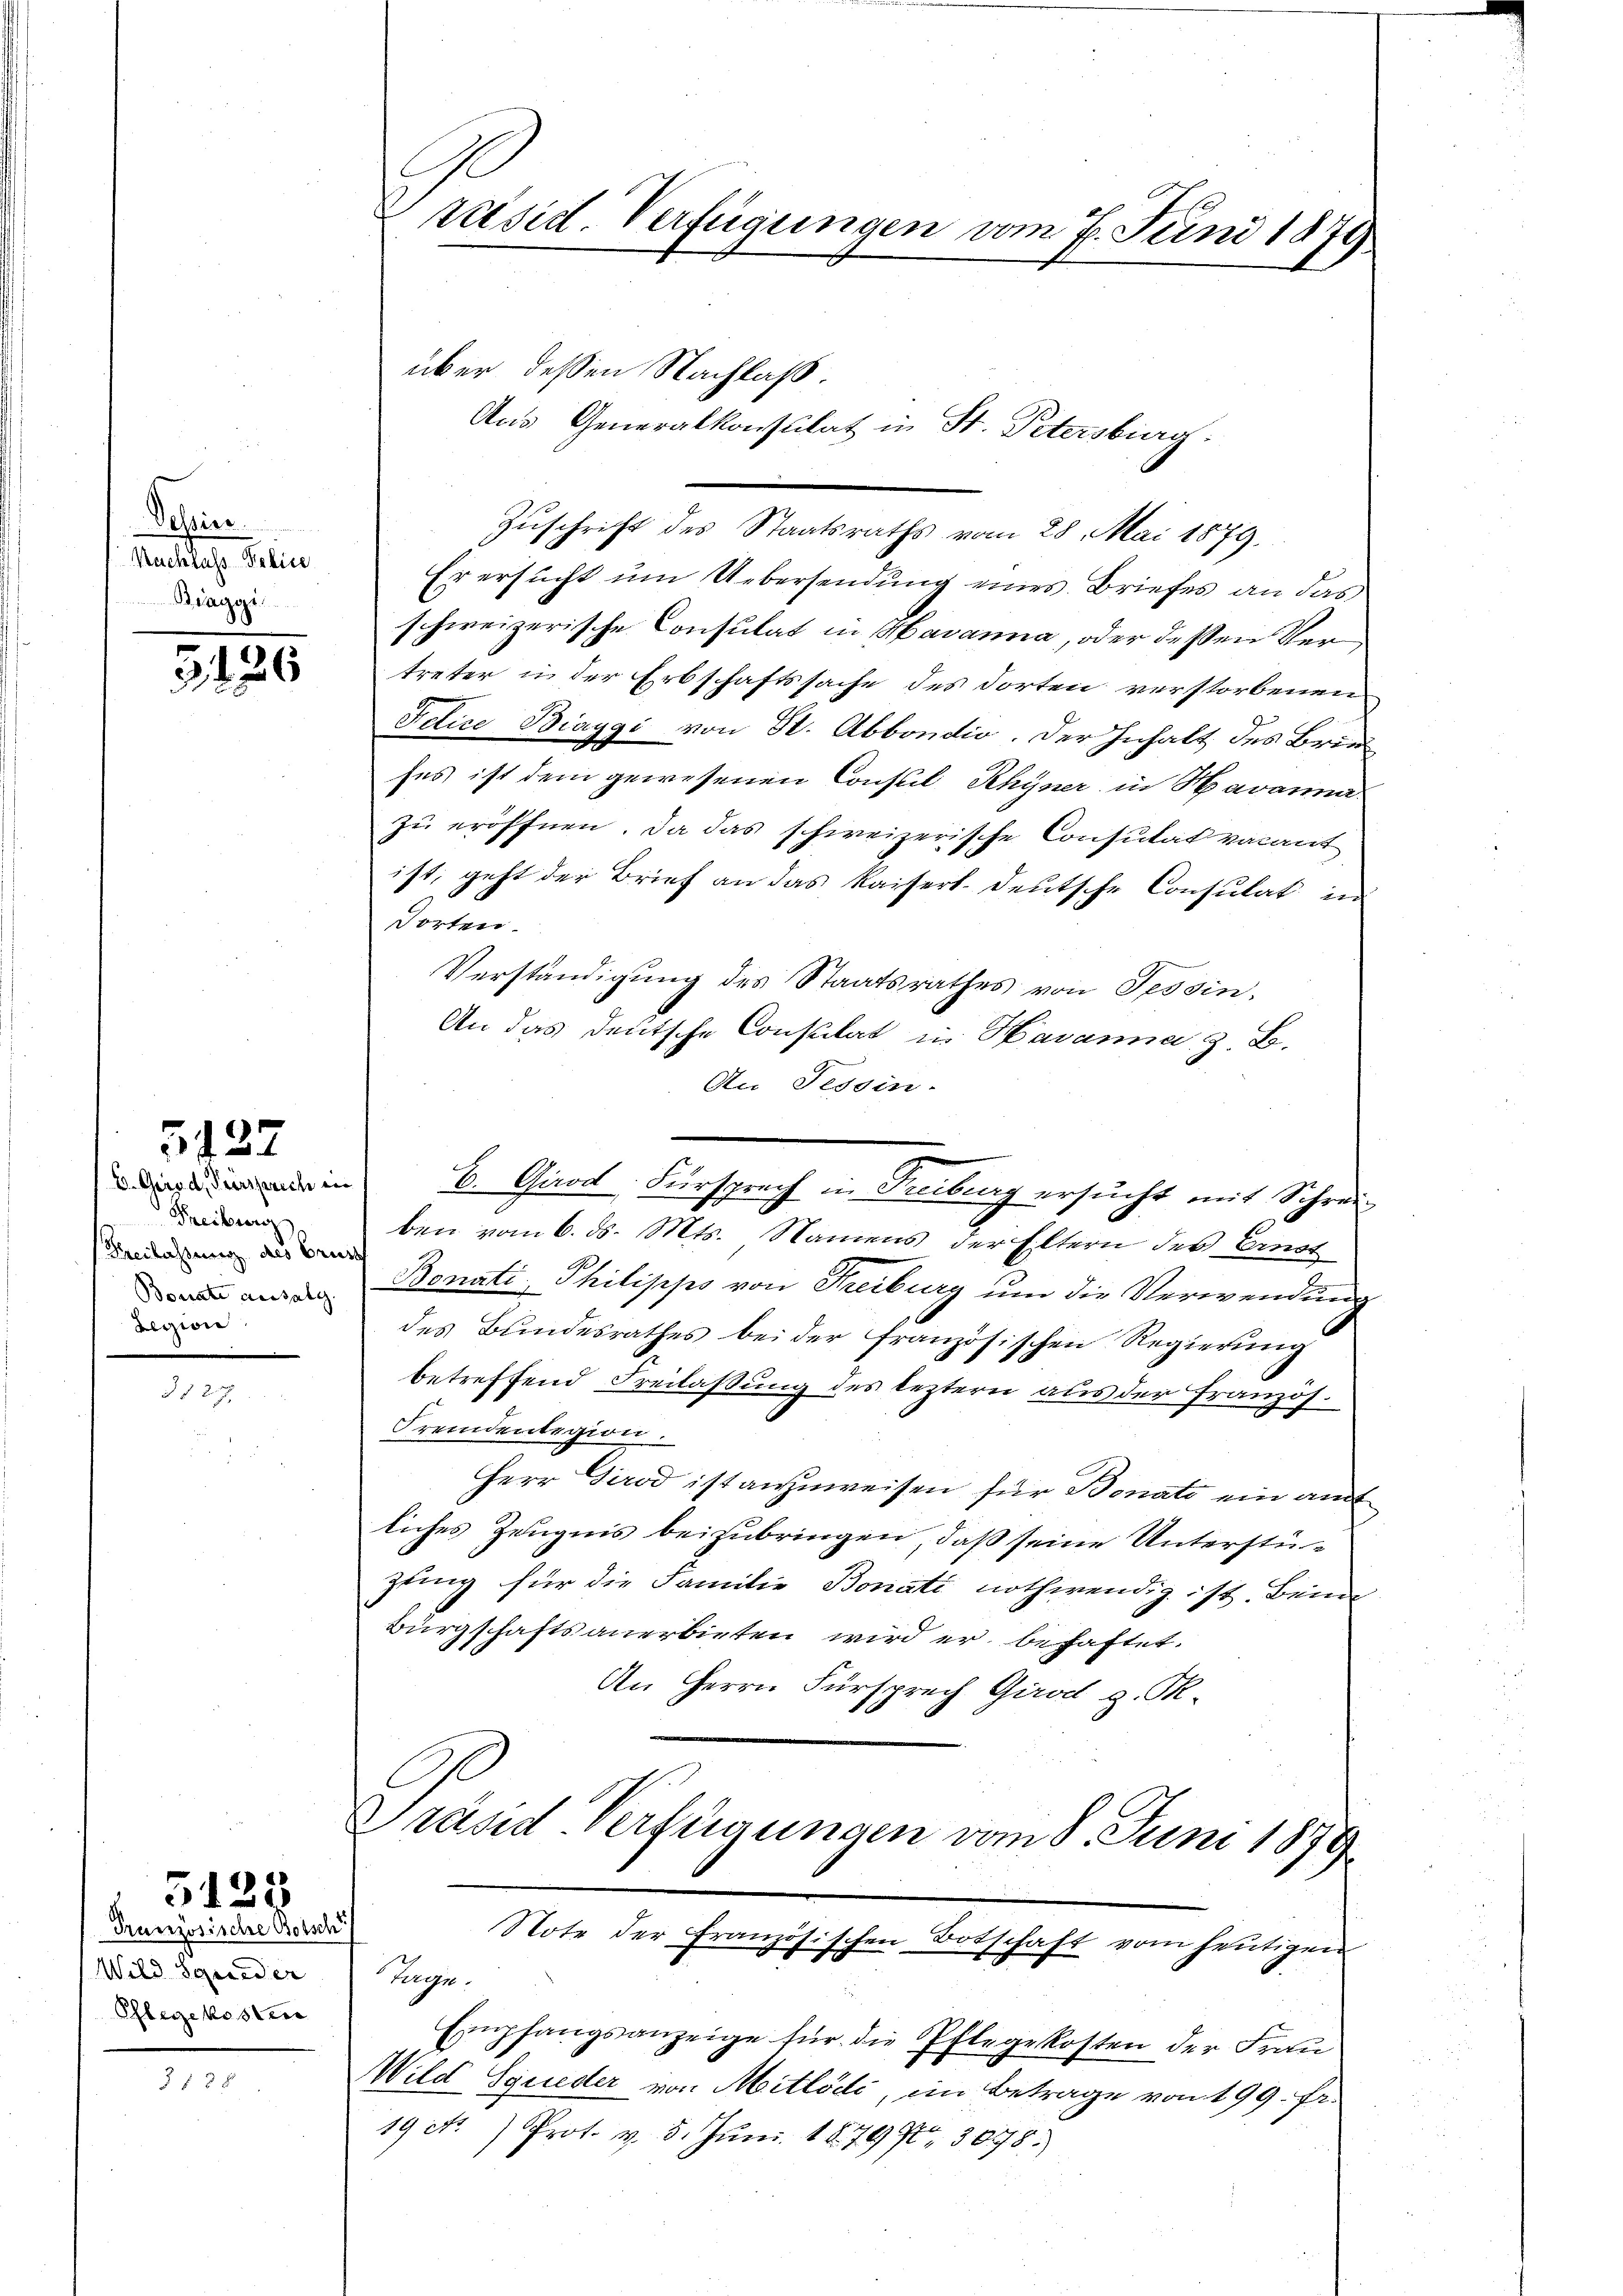
Schein
Kachlass Police
Braggi

12

5127

E. Gerad, Persprich in
Treiburg
(Kreilassung des Gruss
Bonate aussalg.
Berzion

Wild Squeder
Pflegekostens

5123
Französische Botsch

Präsid. Verfügungen vom 7. Juni 1879

Zuschrift des Staatsraths vom 28. Mai 1879.
Er ersucht um Uebersendung eines Briefes an das
schweizerische Consulat in Havanna, oder dessen Ver
treter in der Erbschaftssache des dorten verstorbenen
Folice Biaygi von St. Abbondio. Der Inhalt des Brieses ist der gewesenen Conseil Rhyner in Havanna
zu eröffnen. Da das schweizerische Consutat valant
ist, geht der Brief an das Kaisert deutsche Consulat in
Torten.
Verständigung des Staatsrathes von Tessin,
An das deutsche Consulat in Havanna z. B.
An Tessin.
ben vom 6. ds. Mts. Namens der Eltern des Ernst
Bonati Philipps von Freiburg um die Verwendung
des Bundesrathes bei der französischen Regierŭng
betreffend Freilassung des leztern aus der Französ.
Fremdenlegion.
Herr Girod ist anzuweisen für Bonats ein amt
liches Zeugnis beizubringen, daß seine Unterstüzung für die Familie Bonati nothwendig ist. Beim
Bürgschafts anerbieten wird er behaftet.
An Herrn Fürsprech Girod g. T.
Präsid-Verfügungen vom 8. Juni 1879
Note der Französischen Botschaft vom heutigen
Heyn.
Empfangsanzeige für die Pflegekosten der Frau
Wild Sgueder von Mitlödi, im Betrage von 199. fr.
19 Nr. Prot. v. 5. Jŭni 18799. 3078.

über deßen Nachlaß.

Aas Generalkonsulat in St. Petersbieg

B. Girod. Fürsprach in Freiburg ersucht mit Schrei¬